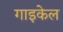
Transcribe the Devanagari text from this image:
गाइकेल